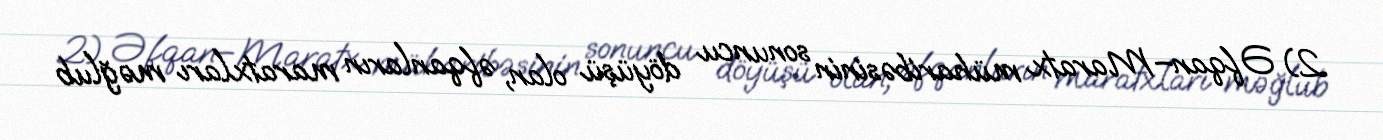
2) Əfqan–Maratx müharibəsinin sonuncu döyüşü olan, əfqanların maratxları məğlub